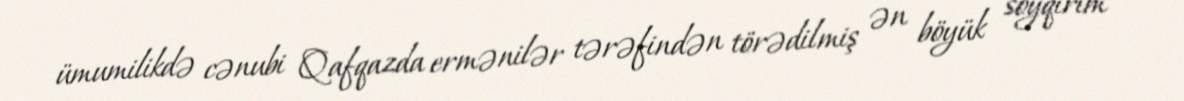
ümumilikdə cənubi Qafqazda ermənilər tərəfindən törədilmiş ən böyük soyqırım